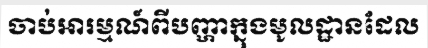
ចាប់អារម្មណ៍ពីបញ្ហាក្នុងមូលដ្ឋានដែល